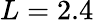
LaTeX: L=2.4